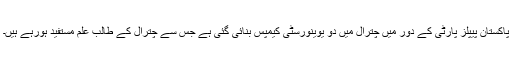
پاکستان پیپلز پارٹی کے دور میں چترال میں دو یوینورسٹی کیمپس بنائی گئی ہے جس سے چترال کے طالب علم مستفید ہورہے ہیں۔